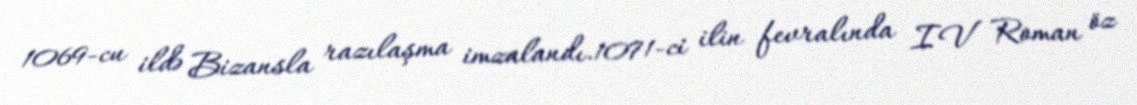
1069-cu ildə Bizansla razılaşma imzalandı.1071-ci ilin fevralında IV Roman öz